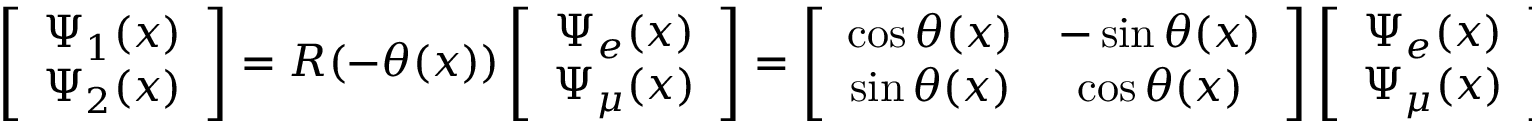
\left[ \begin{array} { c c } { { \Psi _ { 1 } ( x ) } } \\ { { \Psi _ { 2 } ( x ) } } \end{array} \right] = R ( - \theta ( x ) ) \left[ \begin{array} { c c } { { \Psi _ { e } ( x ) } } \\ { { \Psi _ { \mu } ( x ) } } \end{array} \right] = \left[ \begin{array} { c c } { { \cos { \theta ( x ) } } } & { { - \sin { \theta ( x ) } } } \\ { { \sin { \theta ( x ) } } } & { { \cos { \theta ( x ) } } } \end{array} \right] \left[ \begin{array} { c c } { { \Psi _ { e } ( x ) } } \\ { { \Psi _ { \mu } ( x ) } } \end{array} \right] \, .